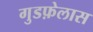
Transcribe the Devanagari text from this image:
गुडफ़ेलास